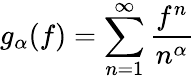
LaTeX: g_{\alpha}(f)=\sum_{n=1}^{\infty}{\frac{f^{n}}{n^{\alpha}}}